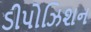
ડીપોઝિશન